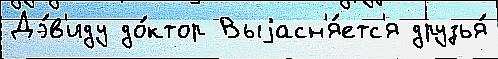
Дэ́в'иду до́ктор Выjасн'я́етс'я друзья́